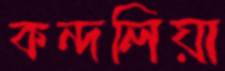
কন্দলিয়া